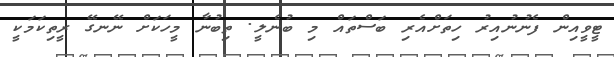
ޓީވީއިން ފެނުނުއިރު ހިތަށްއެރި ބަސްތައް މި ބުނެލީ. ތިބުނާ މީހަކަށް ނޭނގޭ ރީތިކަމަކީ